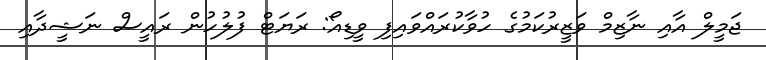
ޖަމީލް އާއި ނާޒިމް ވަޒީރުކަމުގެ ހުވާކުރައްވައިފި ވީޑިއޯ: ރަޔަޓް ފުލުހުން ރައީސް ނަޝީދާއި